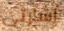
إشارتي